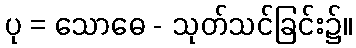
ပု = သောဓေ - သုတ်သင်ခြင်း၌။